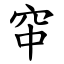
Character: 䆔